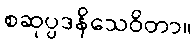
စဆုပ္ပဒနိသေဝိတာ။